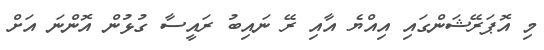
މި އޮޕަރޭޝަންގައި އިއްޔެ އާއި ރޭ ނައިބު ރައީސާ ގުޅުން އޮންނަ އަށް